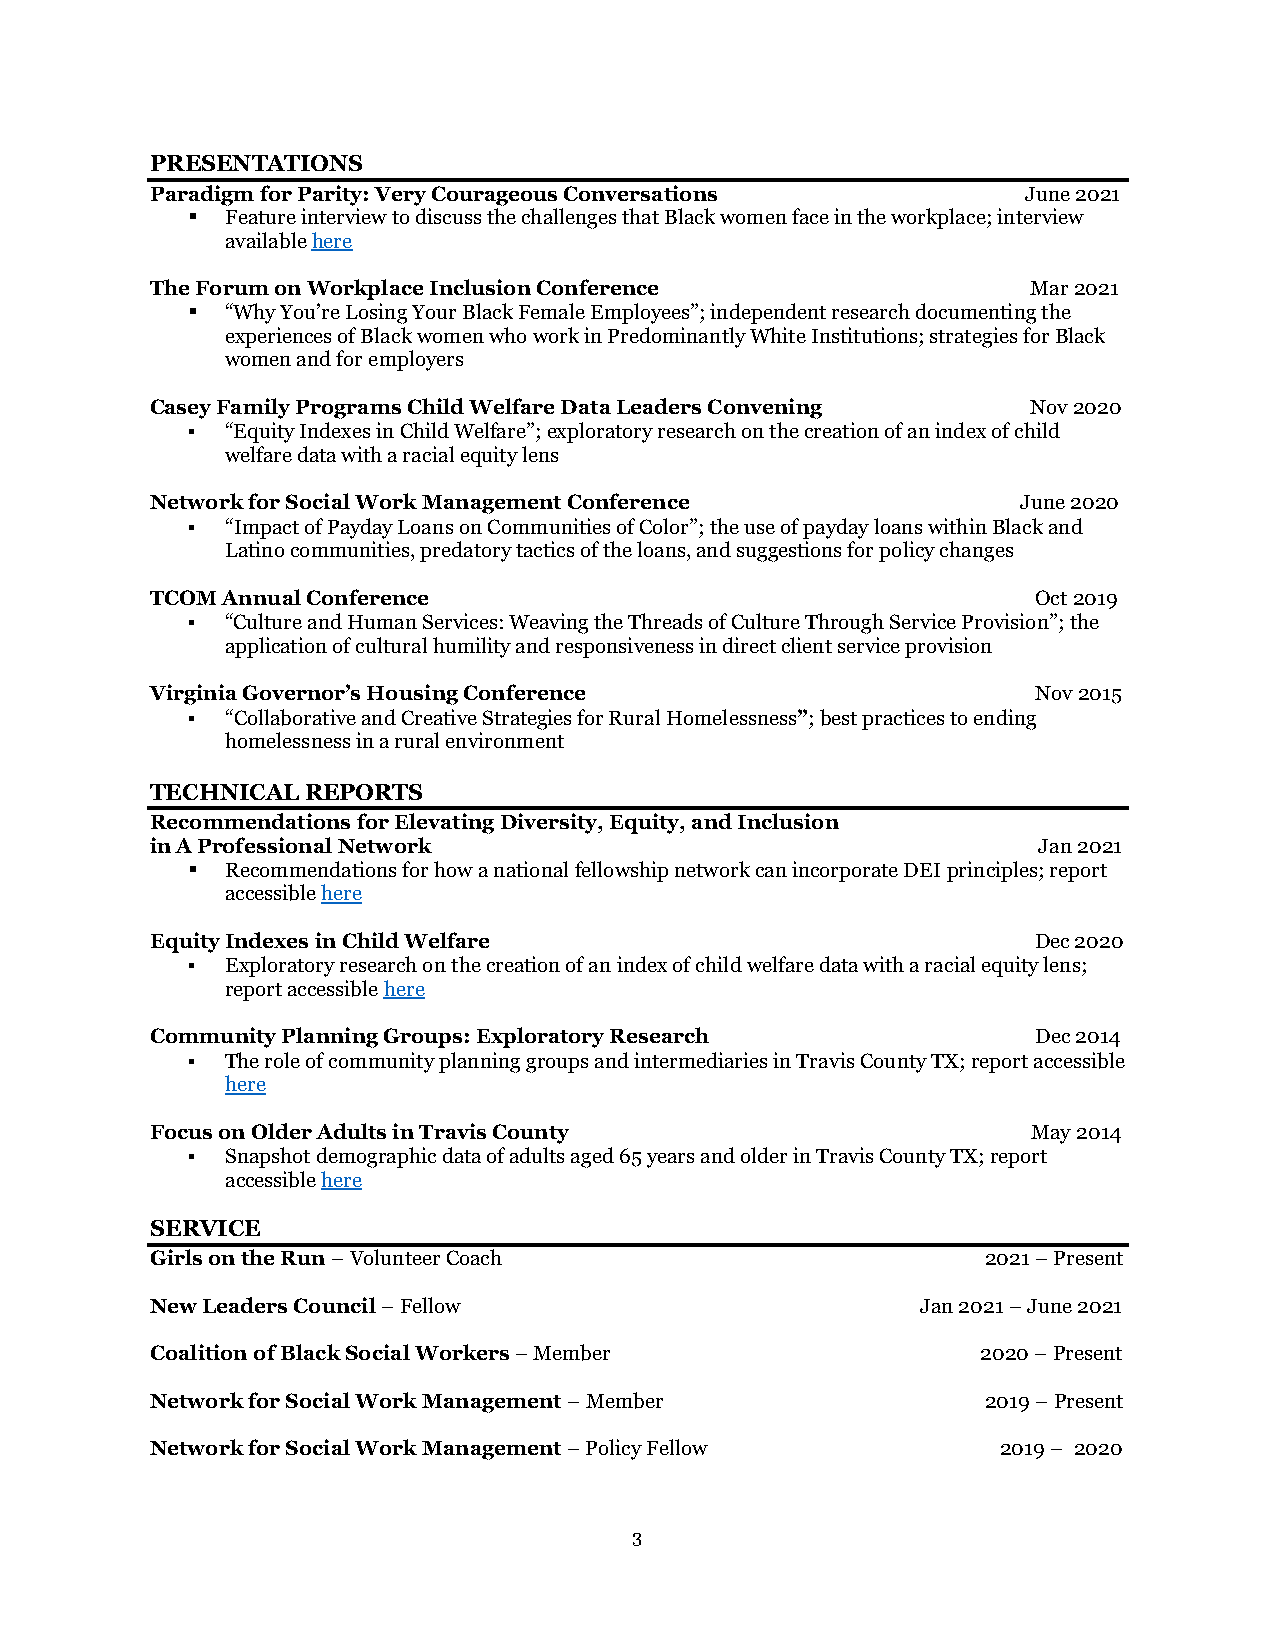
PRESENTATIONS
 Paradigm for Parity: Very Courageous Conversations        June 2021
 ▪  Feature interview to discuss the challenges that Black women face in the workplace; interview
 available here
 The Forum on Workplace Inclusion Conference               Mar 2021
 ▪  “Why You’re Losing Your Black Female Employees”; independent research documenting the
 experiences of Black women who work in Predominantly White Institutions; strategies for Black
 women and for employers
 Casey Family Programs Child Welfare Data Leaders Convening Nov 2020
 ▪  “Equity Indexes in Child Welfare”; exploratory research on the creation of an index of child
 welfare data with a racial equity lens
 Network for Social Work Management Conference             June 2020
 ▪  “Impact of Payday Loans on Communities of Color”; the use of payday loans within Black and
 Latino communities, predatory tactics of the loans, and suggestions for policy changes
 TCOM Annual Conference                                     Oct 2019
 ▪  “Culture and Human Services: Weaving the Threads of Culture Through Service Provision”; the
 application of cultural humility and responsiveness in direct client service provision
 Virginia Governor’s Housing Conference                     Nov 2015
 ▪  “Collaborative and Creative Strategies for Rural Homelessness”; best practices to ending
 homelessness in a rural environment
 TECHNICAL REPORTS
 Recommendations for Elevating Diversity, Equity, and Inclusion
 in A Professional Network                                  Jan 2021
 ▪  Recommendations for how a national fellowship network can incorporate DEI principles; report
 accessible here
 Equity Indexes in Child Welfare                            Dec 2020
 ▪  Exploratory research on the creation of an index of child welfare data with a racial equity lens;
 report accessible here
 Community Planning Groups: Exploratory Research            Dec 2014
 ▪  The role of community planning groups and intermediaries in Travis County TX; report accessible
 here
 Focus on Older Adults in Travis County                    May 2014
 ▪  Snapshot demographic data of adults aged 65 years and older in Travis County TX; report
 accessible here
 SERVICE
 Girls on the Run – Volunteer Coach                     2021 – Present
 New Leaders Council – Fellow                       Jan 2021 – June 2021
 Coalition of Black Social Workers – Member             2020 – Present
 Network for Social Work Management – Member            2019 – Present
 Network for Social Work Management – Policy Fellow      2019 – 2020
 3